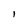
Character: I